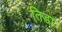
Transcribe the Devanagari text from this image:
तिडा